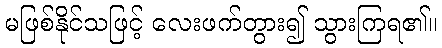
မဖြစ်နိုင်သဖြင့် လေးဖက်တွား၍ သွားကြရ၏။